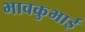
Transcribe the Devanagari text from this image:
भावकुभाई